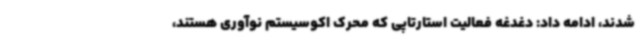
شدند، ادامه داد: دغدغه فعالیت استارتاپی که محرک اکوسیستم نوآوری هستند،